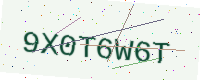
Text: 9X0T6W6T